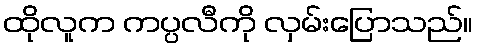
ထိုလူက ကပ္ပလီကို လှမ်းပြောသည်။